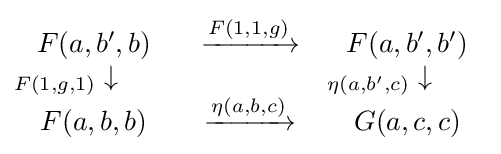
{\begin{matrix}F(a,b',b)&\xrightarrow {F(1,1,g)} &F(a,b',b')\\_{F(1,g,1)}\downarrow \qquad &&_{\eta (a,b',c)}\downarrow \qquad \\F(a,b,b)&\xrightarrow {\eta (a,b,c)} &G(a,c,c)\end{matrix}}